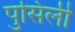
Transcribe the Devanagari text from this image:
पुसिली